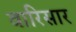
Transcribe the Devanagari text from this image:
वारिसार